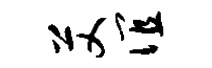
艾谊